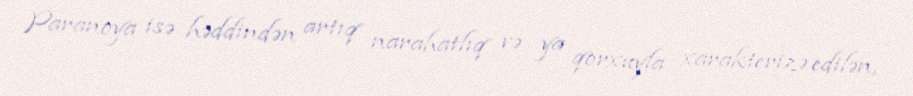
Paranoya isə həddindən artıq narahatlıq və ya qorxuyla xarakterizə edilən,